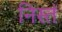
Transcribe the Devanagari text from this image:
निस्तं